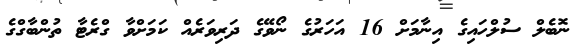
ނޮބެލް ސުލްހައިގެ އިނާމަށް 16 އަހަރުގެ ނޯވޭގެ ދަރިވަރެއް ކަމަށްވާ ގްރެޓާ ތުންބާގްގެ